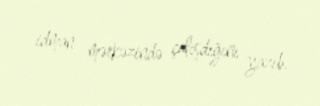
idman mərkəzində çalışdığını yazıb.